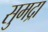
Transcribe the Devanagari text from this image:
सुमद्रा